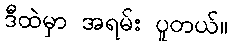
ဒီထဲမှာ အရမ်း ပူတယ်။